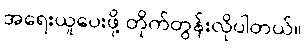
အရေးယူပေးဖို့ တိုက်တွန်းလိုပါတယ်။